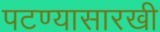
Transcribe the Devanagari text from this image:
पटण्यासारखी